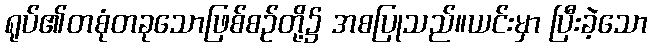
ရုပ်၏တစုံတခုသောဖြစ်စဉ်တို့၌ အစပြုသည်။ယင်းမှာ ပြီးခဲ့သော